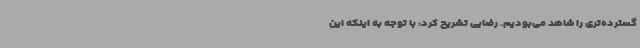
گسترده‌تری را شاهد می‌بودیم. رضایی تشریح کرد: با توجه به اینکه این